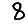
Digit: 8